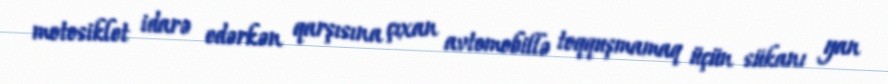
motosiklet idarə edərkən qarşısına çıxan avtomobillə toqquşmamaq üçün sükanı yan